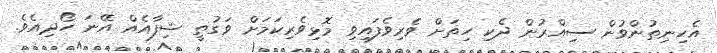
އެހިނިތުންވުން ސިއްރުން ދެކި ހިތަށް ވެރިވެފައިވި މޮޅިވެރިކަމަށް ވަގުތީ ޝިފާއެއް އޭނަ ހޯދިއެވެ.